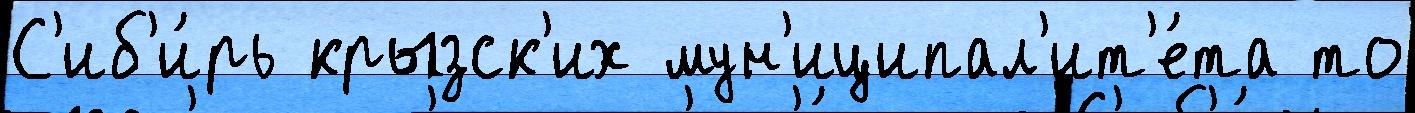
С'иб'и́рь крызск'их мун'иципал'ит'е́та то